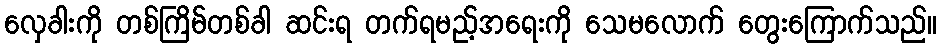
လှေခါးကို တစ်ကြိမ်တစ်ခါ ဆင်းရ တက်ရမည့်အရေးကို သေမလောက် တွေးကြောက်သည်။